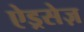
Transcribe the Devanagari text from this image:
ऐड्रसेज़